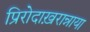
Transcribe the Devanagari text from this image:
प्रिरोदाख़रान्नाया